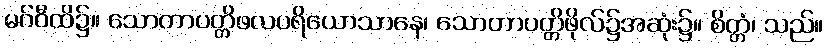
မဂ်ဝီထိ၌။ သောတာပတ္တိဖလပရိယောသာနေ၊ သောတာပတ္တိဖိုလ်၌အဆုံး၌။ စိတ္တံ၊ သည်။